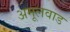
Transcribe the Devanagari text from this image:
अमूलवाड